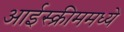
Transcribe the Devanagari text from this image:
आईस्क्रीममध्ये